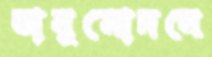
অনুমোদনে